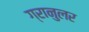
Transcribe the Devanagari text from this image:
ग्रानुलर